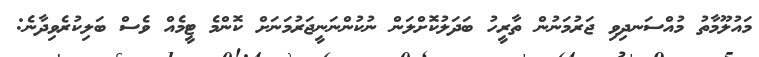
މައުލޫމާތު މުއްސަނދިވި ޖަރުމަނުން ތާރީހު ބަދަލުކޮށްލަން ނުކުންނަނީޖަރުމަނަށް ކޮންމެ ޓީމެއް ވެސް ބަލިކުރެވިދާނެ: